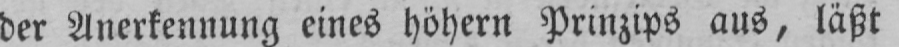
der Anerkennung eines höhern Prinzips aus, läßt